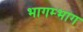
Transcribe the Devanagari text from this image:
भागम्भाग